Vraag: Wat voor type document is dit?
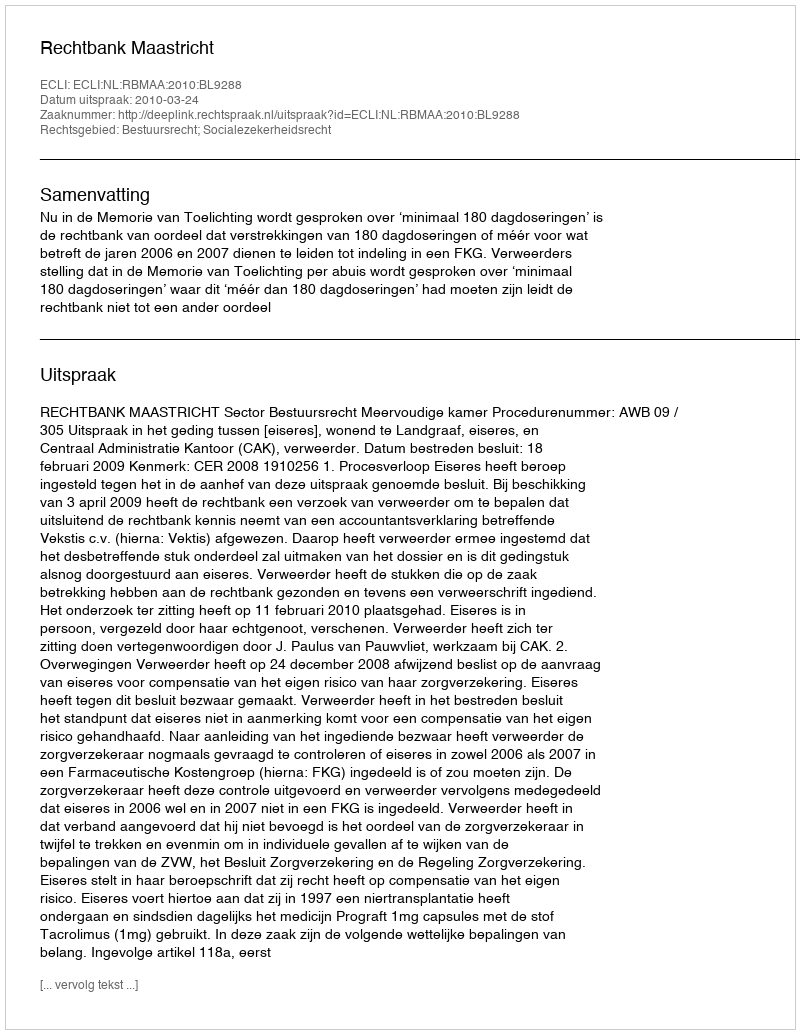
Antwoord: Uitspraak